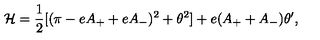
{ \cal H } = { \frac { 1 } { 2 } } [ ( \pi - e A _ { + } + e A _ { - } ) ^ { 2 } + \theta ^ { 2 } ] + e ( A _ { + } + A _ { - } ) \theta ^ { \prime } ,